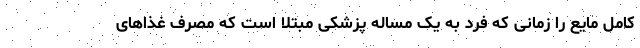
کامل مایع را زمانی که فرد به یک مساله پزشکی مبتلا است که مصرف غذاهای